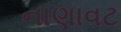
નાણાવટ